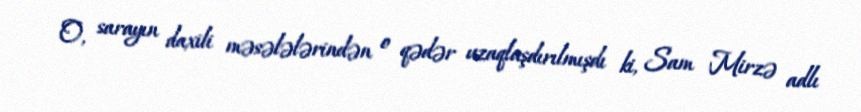
O, sarayın daxili məsələlərindən o qədər uzaqlaşdırılmışdı ki, Sam Mirzə adlı